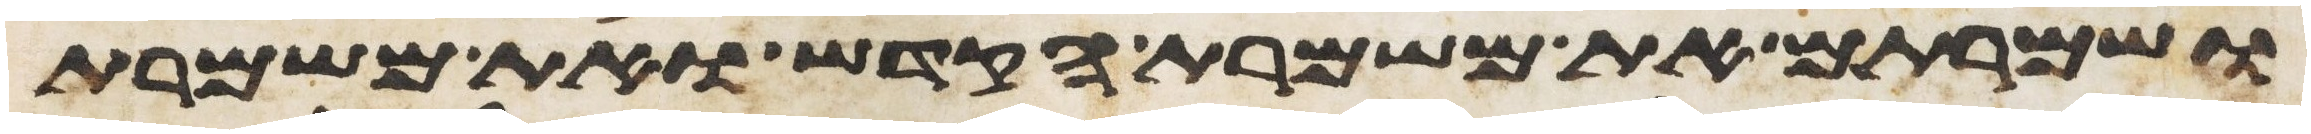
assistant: ושמרתם את משמרת הקדש ואת משמרת